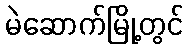
မဲဆောက်မြို့တွင်